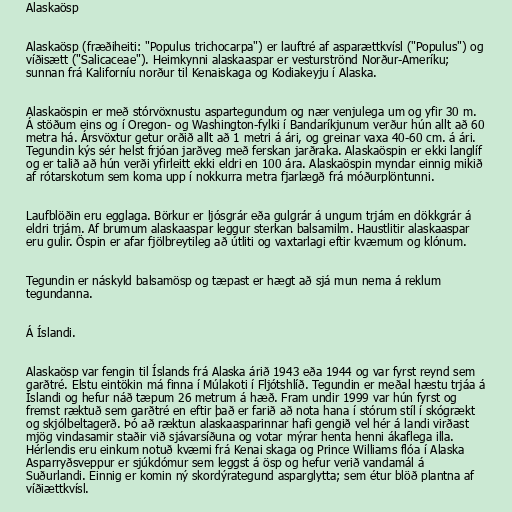
Alaskaösp

Alaskaösp (fræðiheiti: "Populus trichocarpa") er lauftré af asparættkvísl ("Populus") og
víðisætt ("Salicaceae"). Heimkynni alaskaaspar er vesturströnd Norður-Ameríku;
sunnan frá Kaliforníu norður til Kenaiskaga og Kodiakeyju í Alaska.

Alaskaöspin er með stórvöxnustu aspartegundum og nær venjulega um og yfir 30 m.
Á stöðum eins og í Oregon- og Washington-fylki í Bandaríkjunum verður hún allt að 60
metra há. Ársvöxtur getur orðið allt að 1 metri á ári, og greinar vaxa 40-60 cm. á ári.
Tegundin kýs sér helst frjóan jarðveg með ferskan jarðraka. Alaskaöspin er ekki langlíf
og er talið að hún verði yfirleitt ekki eldri en 100 ára. Alaskaöspin myndar einnig mikið
af rótarskotum sem koma upp í nokkurra metra fjarlægð frá móðurplöntunni.

Laufblöðin eru egglaga. Börkur er ljósgrár eða gulgrár á ungum trjám en dökkgrár á
eldri trjám. Af brumum alaskaaspar leggur sterkan balsamilm. Haustlitir alaskaaspar
eru gulir. Öspin er afar fjölbreytileg að útliti og vaxtarlagi eftir kvæmum og klónum.

Tegundin er náskyld balsamösp og tæpast er hægt að sjá mun nema á reklum
tegundanna.

Á Íslandi.

Alaskaösp var fengin til Íslands frá Alaska árið 1943 eða 1944 og var fyrst reynd sem
garðtré. Elstu eintökin má finna í Múlakoti í Fljótshlíð. Tegundin er meðal hæstu trjáa á
Íslandi og hefur náð tæpum 26 metrum á hæð. Fram undir 1999 var hún fyrst og
fremst ræktuð sem garðtré en eftir það er farið að nota hana í stórum stíl í skógrækt
og skjólbeltagerð. Þó að ræktun alaskaasparinnar hafi gengið vel hér á landi virðast
mjög vindasamir staðir við sjávarsíðuna og votar mýrar henta henni ákaflega illa.
Hérlendis eru einkum notuð kvæmi frá Kenai skaga og Prince Williams flóa í Alaska
Asparryðsveppur er sjúkdómur sem leggst á ösp og hefur verið vandamál á
Suðurlandi. Einnig er komin ný skordýrategund asparglytta; sem étur blöð plantna af
víðiættkvísl.